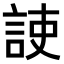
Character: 𧧅